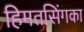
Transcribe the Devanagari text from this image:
हिमतसिंगका